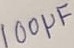
Text: 100µF